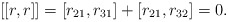
\begin{align*}[[r,r]]=[r_{21},r_{31}]+[r_{21},r_{32}]=0.\end{align*}